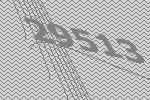
29513